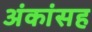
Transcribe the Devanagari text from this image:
अंकांसह